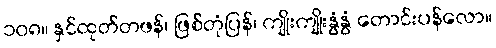
၁၀၈။ နှင်ထုတ်တဖန်၊ ဖြစ်တုံပြန်၊ ကျိုးကျိုးနွံနွံ တောင်းပန်လော။